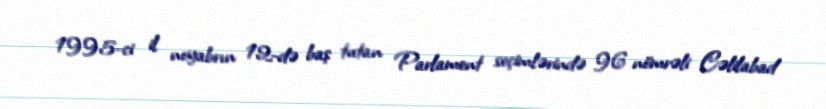
1995-ci il noyabrın 12-də baş tutan Parlament seçimlərində 96 nömrəli Cəlilabad